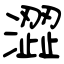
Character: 澀